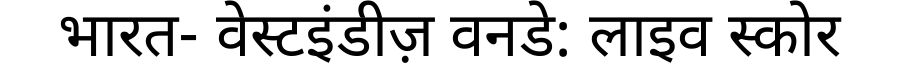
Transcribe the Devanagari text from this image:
भारत- वेस्टइंडीज़ वनडे: लाइव स्कोर